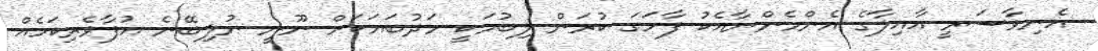
އެނިވާސަރީ އާއިލާގެ އެންމެންނާއެކު ފާހަގަ ކުރަން ލިބުމަކީ މަދުބަޔަކަށް ނޫނީ ނުލިބޭނެ އުފާވެރިކަމެއް